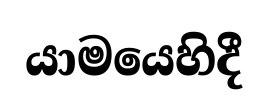
යාමයෙහිදී